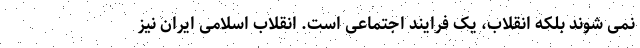
نمی شوند بلکه انقلاب، یک فرایند اجتماعی است. انقلاب اسلامی ایران نیز